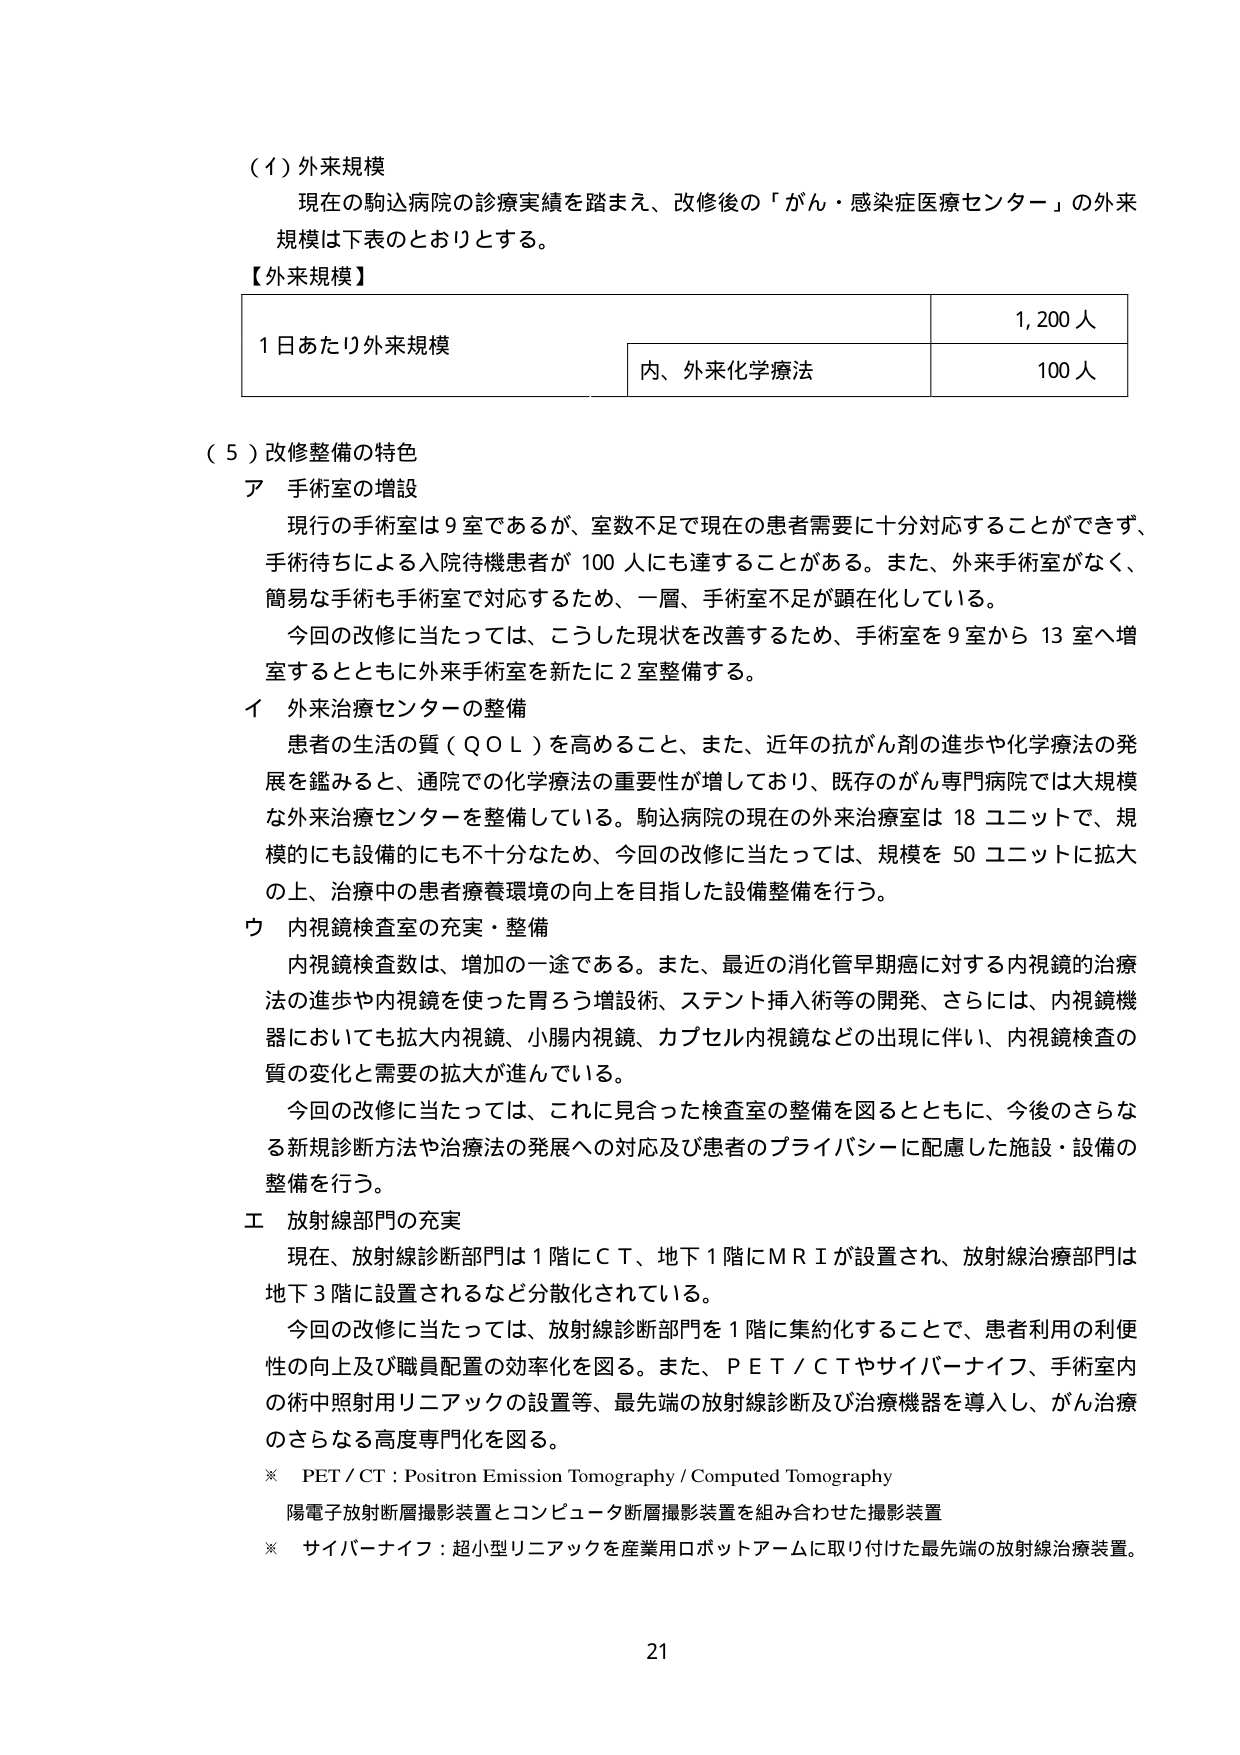
（Ⅰ）外来規模
現在の駒込病院の診療実績を踏まえ、改修後の「がん・感染症医療センター」の外来規模は下表のとおりとする。

【外来規模】
1日あたり外来規模